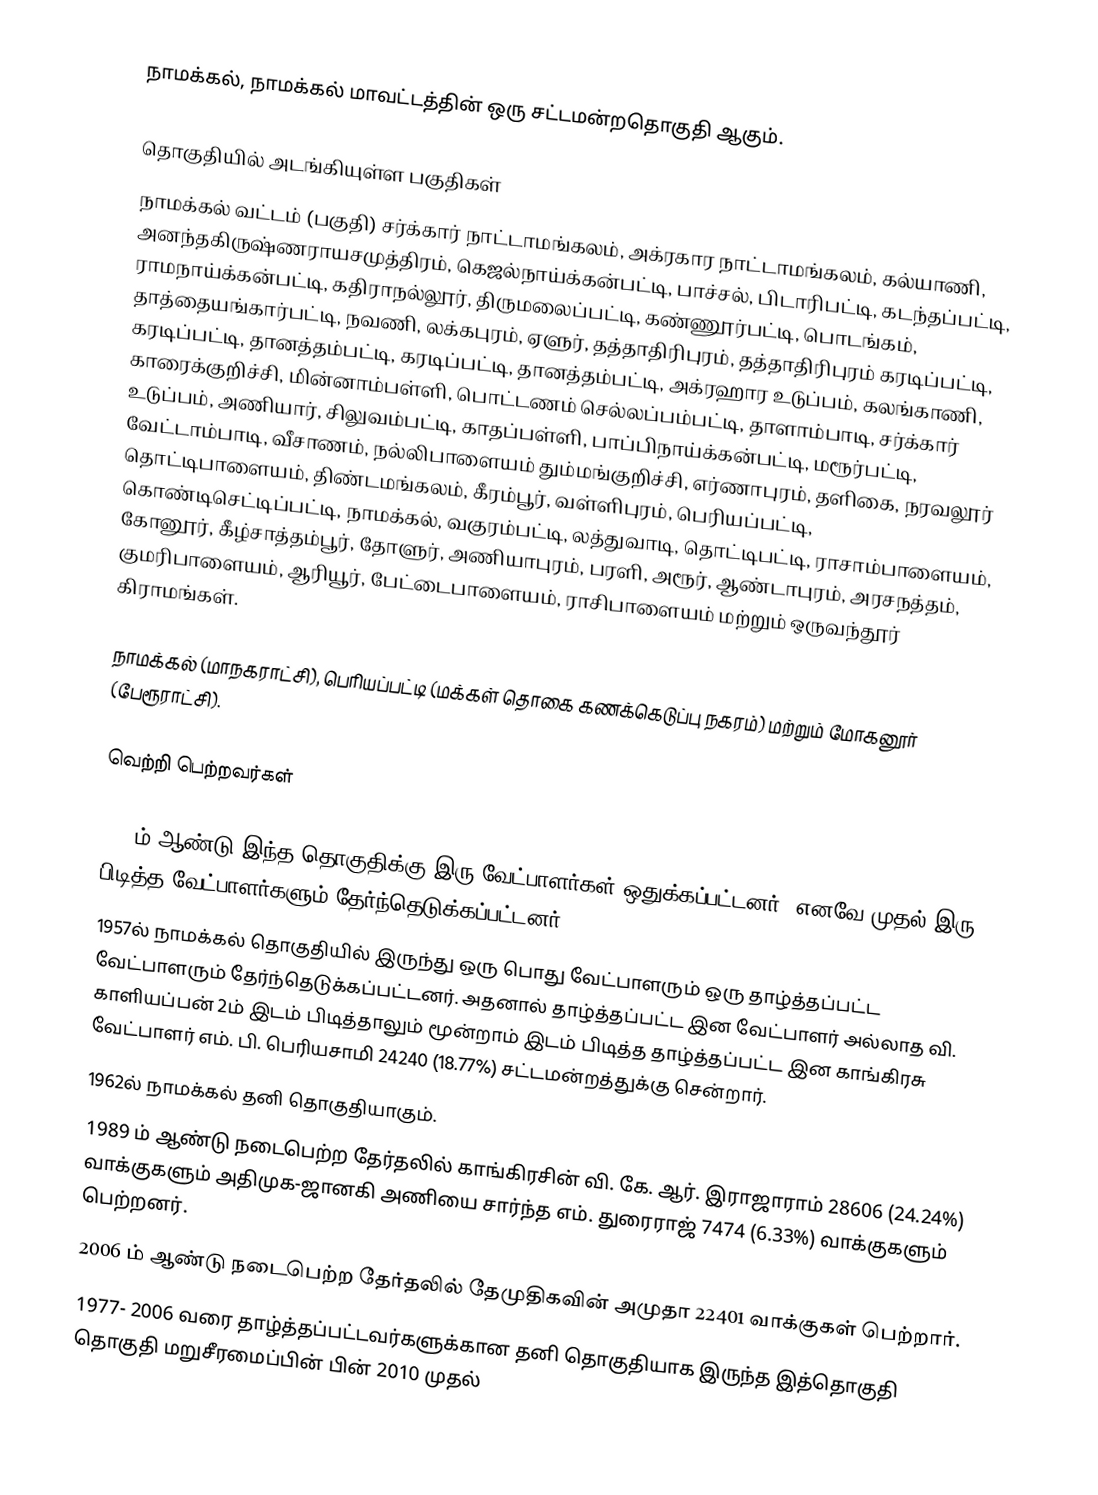
நாமக்கல், நாமக்கல் மாவட்டத்தின் ஒரு சட்டமன்றதொகுதி ஆகும்.

தொகுதியில் அடங்கியுள்ள பகுதிகள்
நாமக்கல்  வட்டம் (பகுதி) சர்க்கார் நாட்டாமங்கலம், அக்ரகார நாட்டாமங்கலம், கல்யாணி, அனந்தகிருஷ்ணராயசமுத்திரம், கெஜல்நாய்க்கன்பட்டி, பாச்சல், பிடாரிபட்டி, கடந்தப்பட்டி, ராமநாய்க்கன்பட்டி, கதிராநல்லூர், திருமலைப்பட்டி, கண்ணூர்பட்டி, பொடங்கம், தாத்தையங்கார்பட்டி, நவணி, லக்கபுரம், ஏளுர், தத்தாதிரிபுரம், தத்தாதிரிபுரம் கரடிப்பட்டி, கரடிப்பட்டி, தானத்தம்பட்டி, கரடிப்பட்டி, தானத்தம்பட்டி, அக்ரஹார உடுப்பம், கலங்காணி, காரைக்குறிச்சி, மின்னாம்பள்ளி, பொட்டணம் செல்லப்பம்பட்டி, தாளாம்பாடி, சர்க்கார் உடுப்பம், அணியார், சிலுவம்பட்டி, காதப்பள்ளி, பாப்பிநாய்க்கன்பட்டி, மரூர்பட்டி, வேட்டாம்பாடி, வீசாணம், நல்லிபாளையம் தும்மங்குறிச்சி, எர்ணாபுரம், தளிகை, நரவலூர் தொட்டிபாளையம், திண்டமங்கலம், கீரம்பூர், வள்ளிபுரம், பெரியப்பட்டி, கொண்டிசெட்டிப்பட்டி, நாமக்கல், வகுரம்பட்டி, லத்துவாடி, தொட்டிபட்டி, ராசாம்பாளையம், கோனூர், கீழ்சாத்தம்பூர், தோளுர், அணியாபுரம், பரளி, அரூர், ஆண்டாபுரம், அரசநத்தம், குமரிபாளையம், ஆரியூர், பேட்டைபாளையம், ராசிபாளையம் மற்றும் ஒருவந்தூர் கிராமங்கள்.

நாமக்கல் (மாநகராட்சி), பெரியப்பட்டி (மக்கள் தொகை கணக்கெடுப்பு நகரம்) மற்றும் மோகனூர் (பேரூராட்சி).

வெற்றி பெற்றவர்கள்

1951ம் ஆண்டு இந்த தொகுதிக்கு இரு வேட்பாளர்கள் ஒதுக்கப்பட்டனர். எனவே முதல் இரு பிடித்த வேட்பாளர்களும் தேர்ந்தெடுக்கப்பட்டனர்.
1957ல் நாமக்கல் தொகுதியில் இருந்து ஒரு பொது வேட்பாளரும் ஒரு தாழ்த்தப்பட்ட வேட்பாளரும் தேர்ந்தெடுக்கப்பட்டனர். அதனால் தாழ்த்தப்பட்ட இன வேட்பாளர் அல்லாத வி. காளியப்பன் 2ம் இடம் பிடித்தாலும் மூன்றாம் இடம் பிடித்த தாழ்த்தப்பட்ட இன காங்கிரசு வேட்பாளர் எம். பி. பெரியசாமி 24240 (18.77%) சட்டமன்றத்துக்கு சென்றார்.
1962ல் நாமக்கல் தனி தொகுதியாகும்.
1989 ம் ஆண்டு நடைபெற்ற தேர்தலில் காங்கிரசின்  வி. கே. ஆர். இராஜாராம் 28606 (24.24%) வாக்குகளும் அதிமுக-ஜானகி அணியை சார்ந்த எம். துரைராஜ் 7474 (6.33%) வாக்குகளும் பெற்றனர்.
2006 ம் ஆண்டு நடைபெற்ற தேர்தலில் தேமுதிகவின் அமுதா 22401 வாக்குகள் பெற்றார்.
1977- 2006 வரை தாழ்த்தப்பட்டவர்களுக்கான தனி தொகுதியாக இருந்த இத்தொகுதி தொகுதி மறுசீரமைப்பின் பின் 2010 முதல்